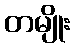
တမျိုး